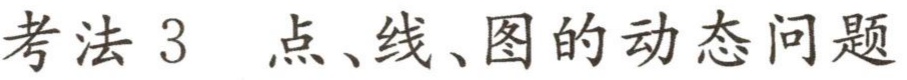
考法 3  点、线、图的动态问题